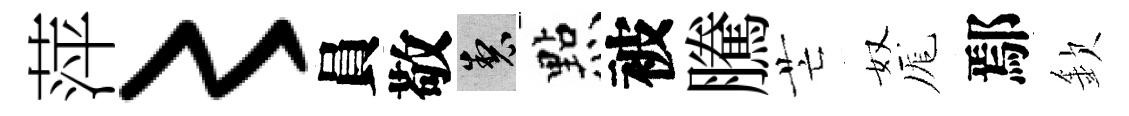
萍〻員敬製㸃被騰芒奴厖鄢欽